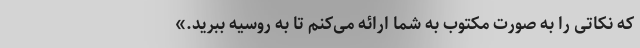
که نکاتی را به صورت مکتوب به شما ارائه می‌کنم تا به روسیه ببرید.»